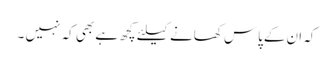
کہ ان کےپاس کھانے کیلئے کچھ ہے بھی کہ نہیں ۔